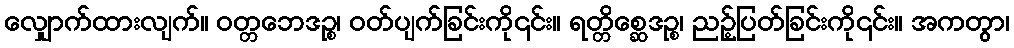
လျှောက်ထားလျက်။ ဝတ္တဘေဒဉ္စ၊ ဝတ်ပျက်ခြင်းကို၎င်း။ ရတ္တိစ္ဆေဒဉ္စ၊ ညဉ့်ပြတ်ခြင်းကို၎င်း။ အကတွာ၊